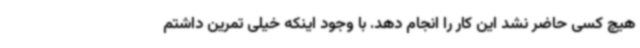
هیچ کسی حاضر نشد این کار را انجام دهد. با وجود اینکه خیلی تمرین داشتم